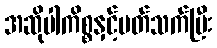
အဆိုပါကိစ္စနှင့်ပတ်သက်ပြီး